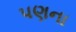
પણના